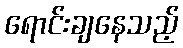
ရောင်းချနေသည့်